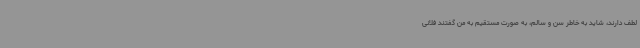
لطف دارند، شاید به خاطر سن و سالم، به صورت مستقیم به من گفتند فلانی